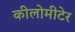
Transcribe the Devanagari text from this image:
कीलोमीटेर